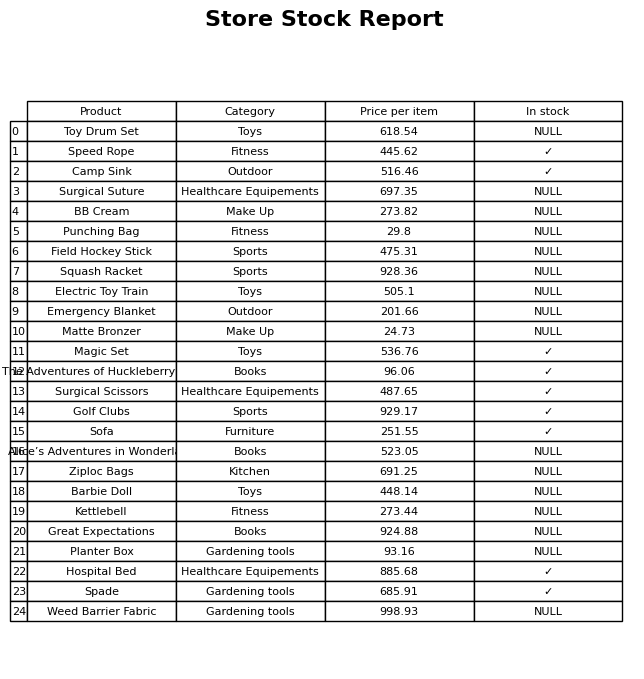
question: What is the price of the Kettlebell?
answer: The price of Kettlebell is 273.44.